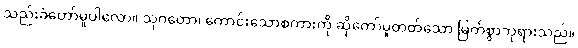
သည်းခံတော်မူပါလော။ သုဂတော၊ ကောင်းသောစကားကို ဆိုတော်မူတတ်သော မြတ်စွာဘုရားသည်။